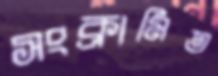
সংক্রামিত